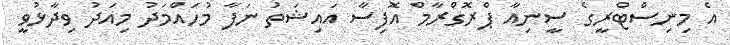
އެ މިނިސްޓްރީގެ ސީނިއާ ޕްރޮގްރާމް އޮފިސާ އައިޝަތު ނަފާ މުހައްމަދު މިއަދު ވިދާޅުވީ